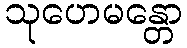
သုဟေမန္တော